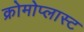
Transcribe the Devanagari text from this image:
क्रोमोप्लास्ट